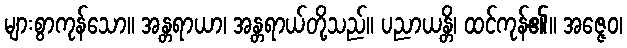
များစွာကုန်သော။ အန္တရာယာ၊ အန္တရာယ်တို့သည်။ ပညာယန္တိ၊ ထင်ကုန်၏။ အဇ္ဇေဝ၊